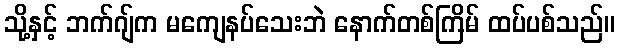
သို့နှင့် ဘက်ဂျ်က မကျေနပ်သေးဘဲ နောက်တစ်ကြိမ် ထပ်ပစ်သည်။